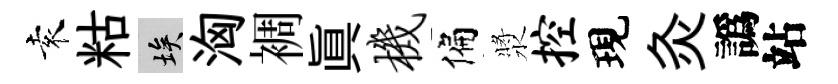
袁䊀埃洶裯真机偏漿控現灸譌站